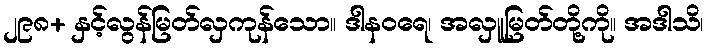
၂၉၈+ နှင့်လွန်မြတ်လှကုန်သော။ ဒါနဝရေ၊ အလှူမြတ်တို့ကို။ အဒါသိ၊